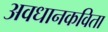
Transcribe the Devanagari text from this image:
अवधानकविता